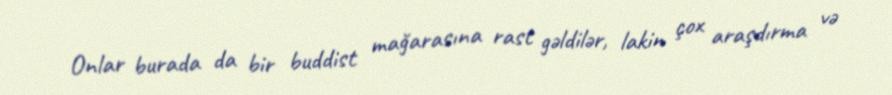
Onlar burada da bir buddist mağarasına rast gəldilər, lakin çox araşdırma və